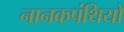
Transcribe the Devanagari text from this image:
नानकपंथियों